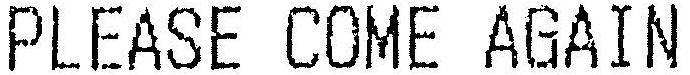
PLEASE COME AGAIN